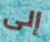
إلى